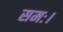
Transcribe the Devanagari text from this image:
समः।